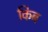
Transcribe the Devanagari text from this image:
किब